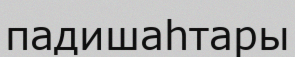
падишаһтары